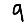
Digit: 9